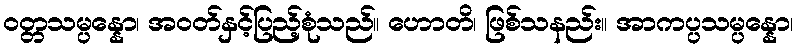
ဝတ္တသမ္ပန္နော၊ အဝတ်နှင့်ပြည့်စုံသည်။ ဟောတိ၊ ဖြစ်သနည်း။ အာကပ္ပသမ္ပန္နော၊